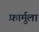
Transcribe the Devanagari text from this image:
फ़ार्मुला